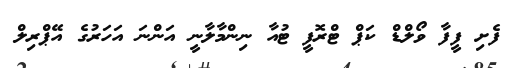
ފެށި ފީފާ ވޯލްޑް ކަޕް ޓްރޮފީ ޓުއާ ނިންމާލާނީ އަންނަ އަހަރުގެ އޭޕްރިލް